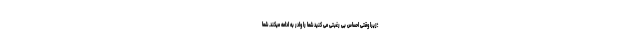
؛زیرا وقتی احساس بی رغبتی می کنید شما را وادر به ادامه میکند. شما